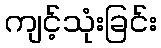
ကျင့်သုံးခြင်း